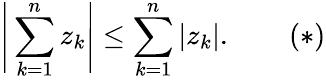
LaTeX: {\Bigg|}\sum_{k=1}^{n}z_{k}{\Bigg|}\leq\sum_{k=1}^{n}|z_{k}|.\quad\quad(*)